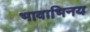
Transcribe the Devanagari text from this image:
भावाभिनय